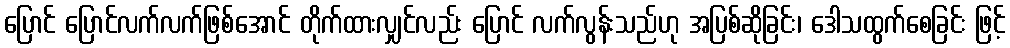
ပြောင် ပြောင်လက်လက်ဖြစ်အောင် တိုက်ထားလျှင်လည်း ပြောင် လက်လွန်းသည်ဟု အပြစ်ဆိုခြင်း၊ ဒေါသထွက်စေခြင်း ဖြင့်